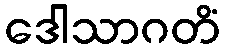
ဒေါသာဂတိံ